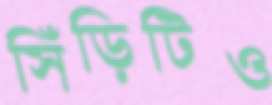
সিঁড়িটিও